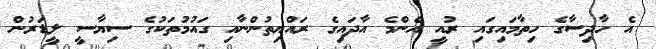
އެ ހާދިސާގެ ހިތާމައިގައި ރުއީ އެންމެ އާދައިގެ ރައްޔިތުންނާއި ގައުމުތަކުގެ ސިޔާސީ ލީޑަރުން